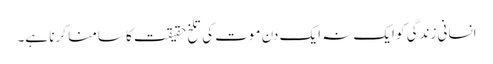
انسانی زندگی کو ایک نہ ایک دن موت کی تلخ حقیقت کا سامنا کرنا ہے۔